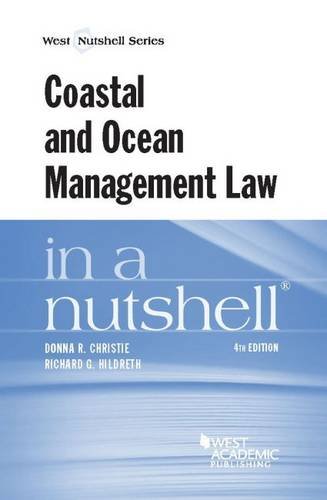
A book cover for Coastal and Ocean Management Law in a Nutshell; Donna Christie; Law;